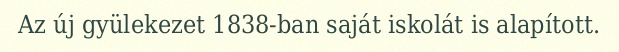
Az új gyülekezet 1838-ban saját iskolát is alapított.